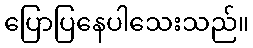
ပြောပြနေပါသေးသည်။